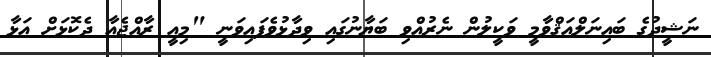
ނަޝީދުގެ ބައިނަލްއަޤްވާމީ ވަކީލުން ނެރުއްވި ބަޔާނުގައި ވިދާޅުވެފައިވަނީ "މިއީ ރާއްޖެއާ ދެކޮޅަށް އަޅާ